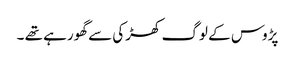
پڑوس کے لوگ کھڑکی سے گھورہے تھے ۔